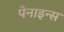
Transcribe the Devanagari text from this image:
पेनाइन्स